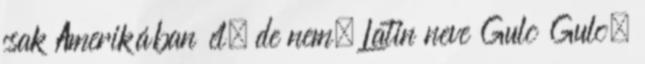
csak Amerikában él, de nem. Latin neve Gulo Gulo,